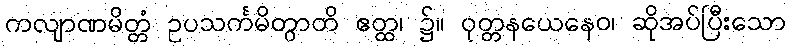
ကလျာဏမိတ္တံ ဥပသင်္ကမိတွာတိ ဧတ္ထ၊ ၌။ ဝုတ္တနယေနေဝ၊ ဆိုအပ်ပြီးသော